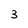
Character: 3